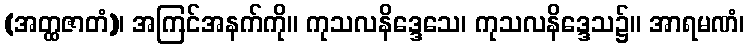
(အတ္ထဇာတံ)၊ အကြင်အနက်ကို။ ကုသလနိဒ္ဒေသေ၊ ကုသလနိဒ္ဒေသ၌။ အာရမဏံ၊